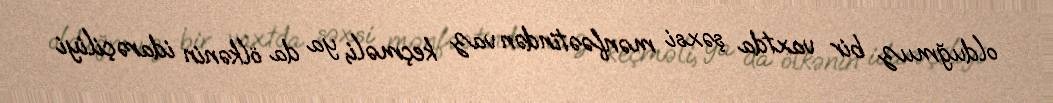
olduğmuz bir vaxtda şəxsi mənfəətindən vaz keçməli, ya da ölkənin idarəçiliyi